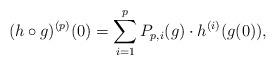
LaTeX: \begin{align*}(h\circ g)^{(p)}(0)=\sum_{i=1}^pP_{p,i}(g)\cdot h^{(i)}( g(0)),\end{align*}